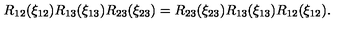
R _ { 1 2 } ( \xi _ { 1 2 } ) R _ { 1 3 } ( \xi _ { 1 3 } ) R _ { 2 3 } ( \xi _ { 2 3 } ) = R _ { 2 3 } ( \xi _ { 2 3 } ) R _ { 1 3 } ( \xi _ { 1 3 } ) R _ { 1 2 } ( \xi _ { 1 2 } ) .